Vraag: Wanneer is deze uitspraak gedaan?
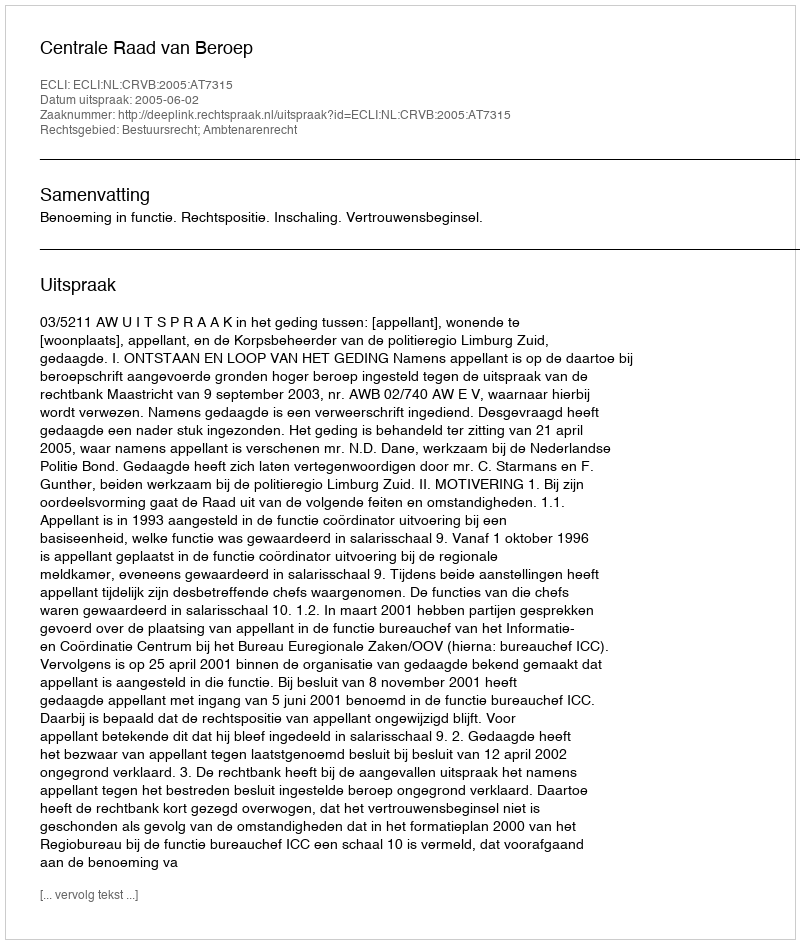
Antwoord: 2005-06-02